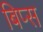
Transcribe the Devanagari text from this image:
बिप्स